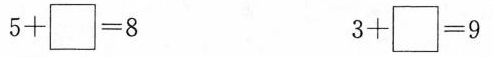
$$5 + \Box = 8$$ $$3 + \Box = 9$$